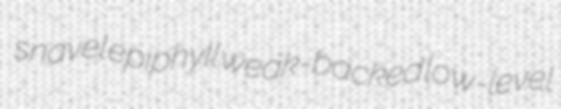
snavel epiphyll weak-backed low-level